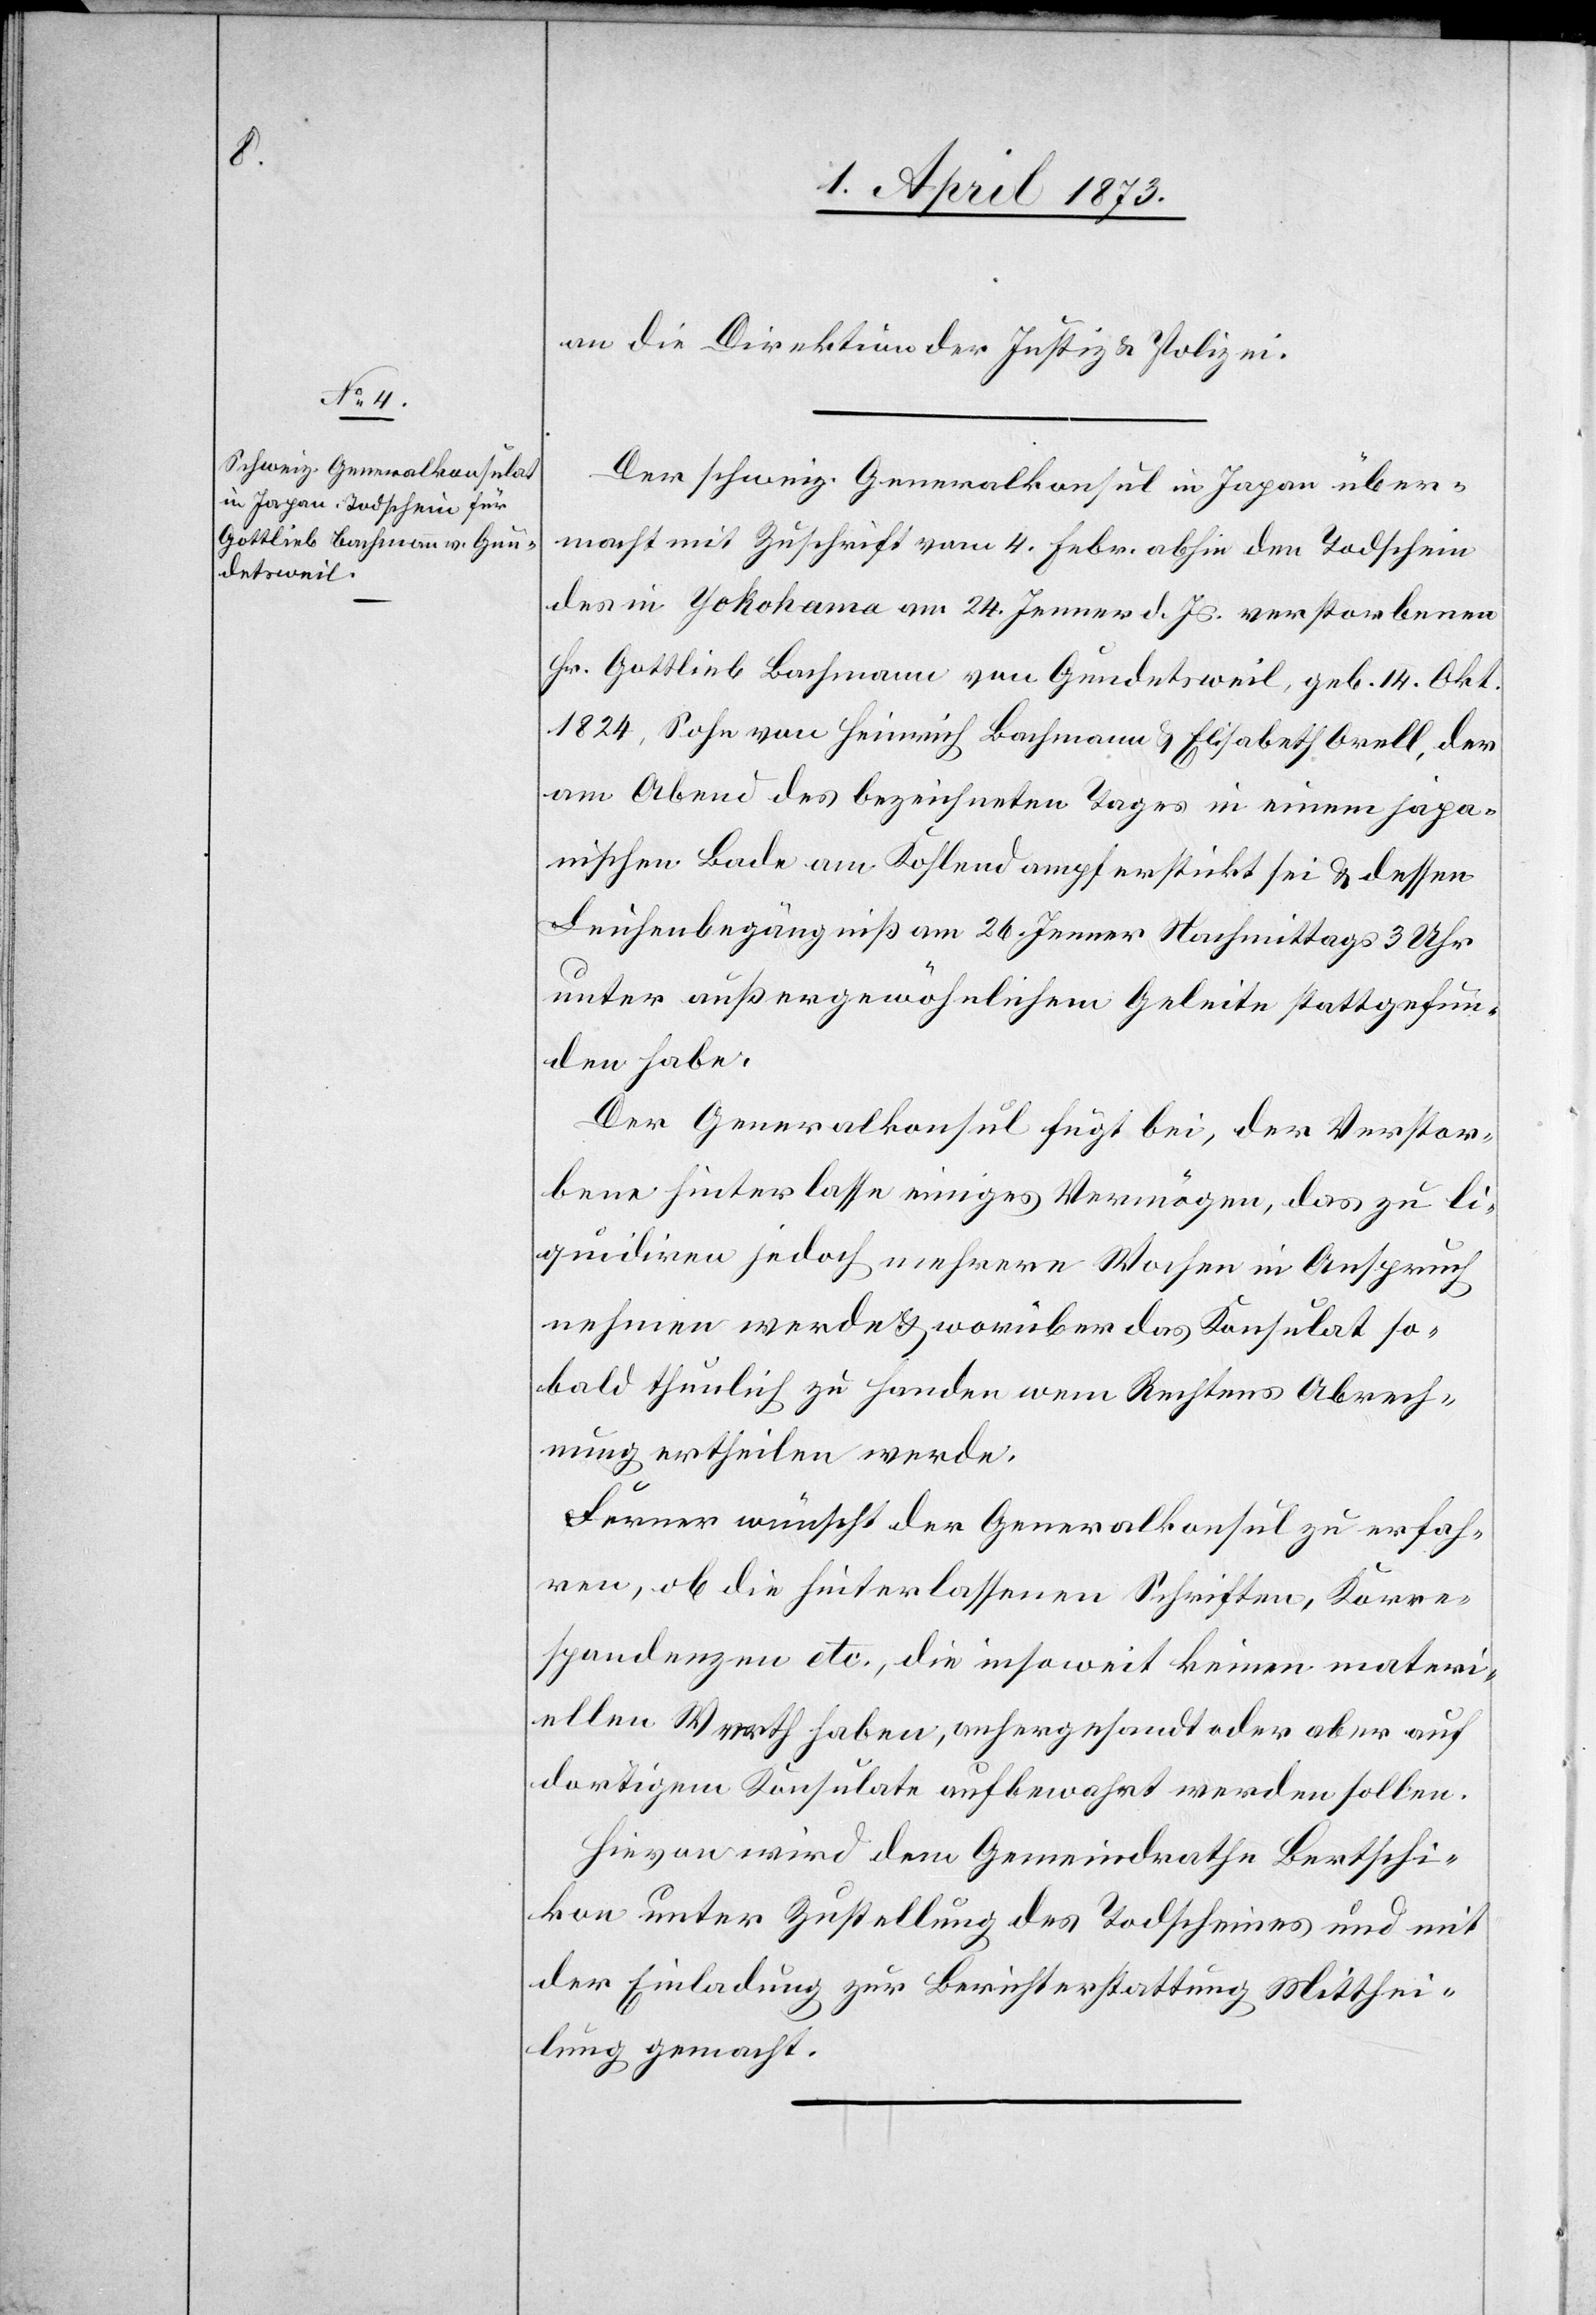
1. April 1873.]
an die Direktion der Justiz u. Polizei.
Der schweiz. Generalkonsul in Japan über¬
macht mit Zuschrift vom 4. Febr. abhin den Todschein
des in Yokohama am 24. Jenner d. Js. verstorbenen
Hr. Gottlieb Bachmann von Gundetsweil, geb. 14. Okt.
1824, Sohn von Heinrich Bachmann u. Elisabeth Orell, der
am Abend des bezeichneten Tages in einem japa¬
nischen Bade am Kohlendampf erstickt sei u. dessen
Leichenbegängniß am 26. Jenner Nachmittags 3 Uhr
unter außergewöhnlichem Geleite stattgefun¬
den habe.
Der Generalkonsul fügt bei, der Verstor¬
bene hinterlasse einiges Vermögen, das zu li¬
quidiren jedoch mehrere Wochen in Anspruch
nehmen werde u. worüber das Konsulat so¬
bald thunlich zu Handen wem Rechtens Abrech¬
nung ertheilen werde.
Ferner wünscht der Generalkonsul zu erfah¬
ren, ob die hinterlassenen Schriften, Korre¬
spondenzen etc., die insoweit keinen materi¬
ellen Werth haben, anhergesandt oder aber auf
dortigem Konsulate aufbewahrt werden sollen.
Hievon wird der Gemeindrathe Bertschi¬
kon unter Zustellung des Todscheines und mit
der Einladung zur Berichterstattung Mitthei¬
lung gemacht.